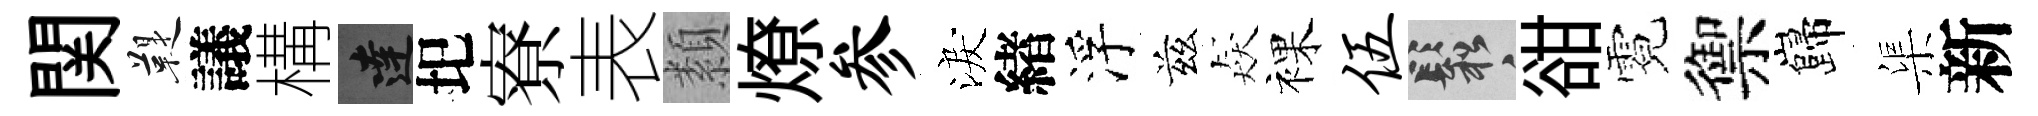
関鞮議構達圯寮表纇燎参淚緖浮兹猋裸伍鬆𧮳霓禦巋渠新